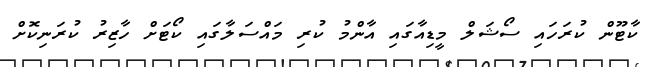
ކާޓޫން ކުރަހައި ސޯޝަލް މީޑިއާގައި އާންމު ކުރި މައްސަލާގައި ކޯޓަށް ހާޒިރު ކުރަނިކޮށް